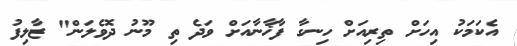
އެކަމަކު އިހަށް ތިރިއަށް ހިނގާ ފާޚާނާއަށް ވަދެ ތި މޫނު ދޮވެލަން" ޒާލިފު